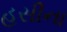
હસીના